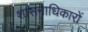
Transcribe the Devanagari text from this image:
शासनाधिकारों